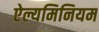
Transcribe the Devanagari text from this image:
ऐल्यमिनियम